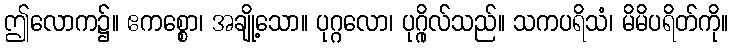
ဤလောက၌။ ဧကစ္စော၊ အချို့သော။ ပုဂ္ဂလော၊ ပုဂ္ဂိုလ်သည်။ သကပရိသံ၊ မိမိပရိတ်ကို။